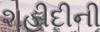
શહીદીની